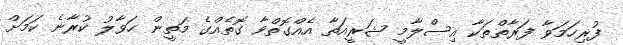
ފުރިހަމަވާ ފަރާތްތަކާ އިސްލާމީ ޝަރީއަތާ އެއްގޮތްވާ ގޮތެއްގެ މަތީން ހަވާލު ކުރާނެ ކަމަށް